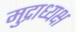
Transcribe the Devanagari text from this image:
मुद्राध्यक्ष